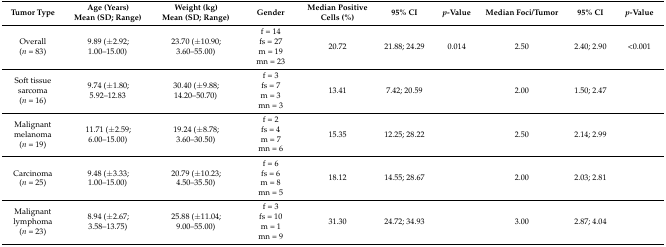
<table><thead><tr><td><b>Tumor Type</b></td><td><b>Age (Years)Mean (SD; Range)</b></td><td><b>Weight (kg)Mean (SD; Range)</b></td><td><b>Gender</b></td><td><b>Median Positive Cells (%)</b></td><td><b>95% CI</b></td><td><b><i>p</i>-Value</b></td><td><b>Median Foci/Tumor</b></td><td><b>95% CI</b></td><td><b><i>p</i>-Value</b></td></tr></thead><tbody><tr><td>Overall(<i>n</i> = 83)</td><td>9.89 (±2.92; 1.00–15.00)</td><td>23.70 (±10.90; 3.60–55.00)</td><td>f = 14fs = 27m = 19mn = 23</td><td>20.72</td><td>21.88; 24.29</td><td>0.014</td><td>2.50</td><td>2.40; 2.90</td><td>&lt;0.001</td></tr><tr><td>Soft tissue sarcoma(<i>n</i> = 16)</td><td>9.74 (±1.80; 5.92–12.83</td><td>30.40 (±9.88; 14.20–50.70)</td><td>f = 3fs = 7m = 3mn = 3</td><td>13.41</td><td>7.42; 20.59</td><td></td><td>2.00</td><td>1.50; 2.47</td><td></td></tr><tr><td>Malignant melanoma(<i>n</i> = 19)</td><td>11.71 (±2.59; 6.00–15.00)</td><td>19.24 (±8.78; 3.60–30.50)</td><td>f = 2fs = 4m = 7mn = 6</td><td>15.35</td><td>12.25; 28.22</td><td></td><td>2.50</td><td>2.14; 2.99</td><td></td></tr><tr><td>Carcinoma(<i>n</i> = 25)</td><td>9.48 (±3.33; 1.00–15.00)</td><td>20.79 (±10.23; 4.50–35.50)</td><td>f = 6fs = 6m = 8mn = 5</td><td>18.12</td><td>14.55; 28.67</td><td></td><td>2.00</td><td>2.03; 2.81</td><td></td></tr><tr><td>Malignant lymphoma(<i>n</i> = 23)</td><td>8.94 (±2.67; 3.58–13.75)</td><td>25.88 (±11.04; 9.00–55.00)</td><td>f = 3fs = 10m = 1mn = 9</td><td>31.30</td><td>24.72; 34.93</td><td></td><td>3.00</td><td>2.87; 4.04</td><td></td></tr></tbody></table>